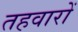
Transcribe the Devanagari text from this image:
तहवारों